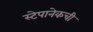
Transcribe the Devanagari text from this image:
स्टेपानेकची